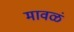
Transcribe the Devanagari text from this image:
मावळं